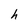
Character: h